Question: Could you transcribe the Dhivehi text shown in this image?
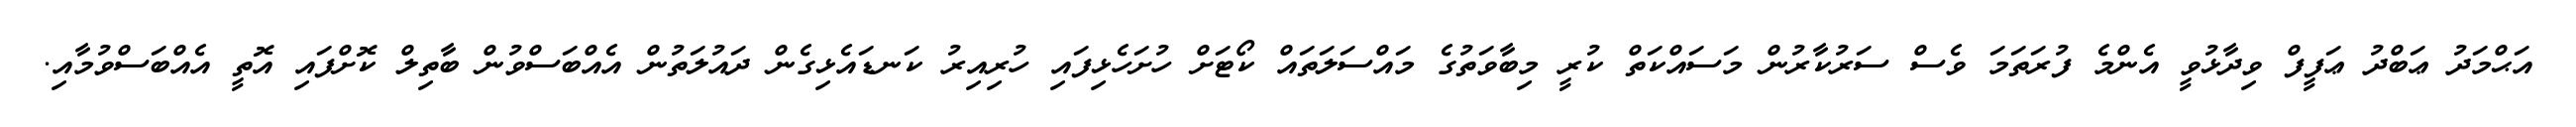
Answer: އަޙްމަދު ޢަބްދު ޢަފީފް ވިދާޅުވީ އެންމެ ފުރަތަމަ ވެސް ސަރުކާރުން މަސައްކަތް ކުރީ މިބާވަތުގެ މައްސަލަތައް ކޯޓަށް ހުށަހެޅިފައި ހުރިއިރު ކަނޑައެޅިގެން ދައުލަތުން އެއްބަސްވުން ބާތިލް ކޮށްފައި އޮތީ އެއްބަސްވުމާއި.